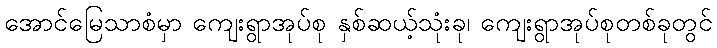
အောင်မြေသာစံမှာ ကျေးရွာအုပ်စု နှစ်ဆယ့်သုံးခု၊ ကျေးရွာအုပ်စုတစ်ခုတွင်